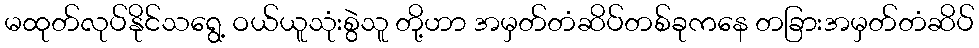
မထုတ်လုပ်နိုင်သရွေ့ ဝယ်ယူသုံးစွဲသူ တို့ဟာ အမှတ်တံဆိပ်တစ်ခုကနေ တခြားအမှတ်တံဆိပ်